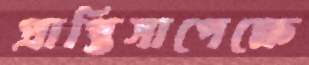
প্রাপ্তিসাপেক্ষে